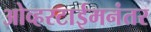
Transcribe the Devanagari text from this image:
ओव्हरटाईमनंतर